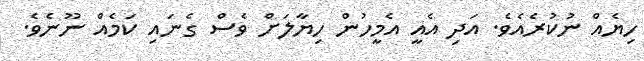
ހިޔެއް ނުކުރެއެވެ. އަދި އެއީ އެމީހުން ހިޔާލަށް ވެސް ގެނައި ކަމެއް ނޫނެވެ.